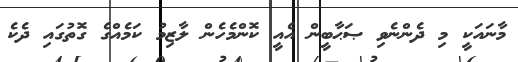
މާނައަކީ މި ދެންނެވި ޞަޙާބީން އެއީ ކޮންމެހެން ލާޒިމު ކަމެއްގެ ގޮތުގައި ދެކެ